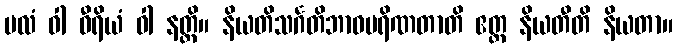
ဗလံ ဝါ ဝီရိယံ ဝါ နတ္ထိ။ နိယတိသင်္ဂတိဘာဝပရိဏတာတိ ဧတ္ထ နိယတီတိ နိယတာ။